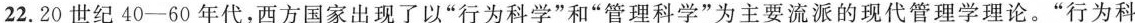
22.20世纪40-60年代，西方国家出现了以”行为科学”和”管理科学”为主要流派的现代管理学理论。”行为科